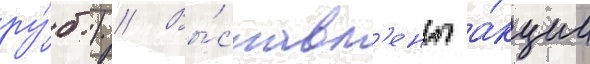
ру́б.) // Вы́ставл'ены а́кции